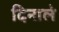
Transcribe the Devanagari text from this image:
दिनाले